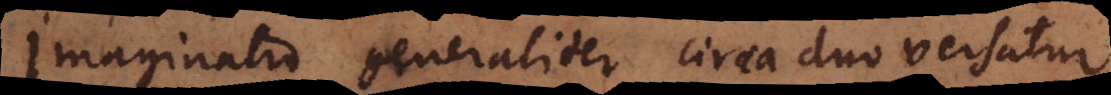
Imaginatio generaliter circa duo versatur,